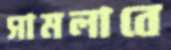
সামলাবে